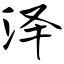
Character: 泽